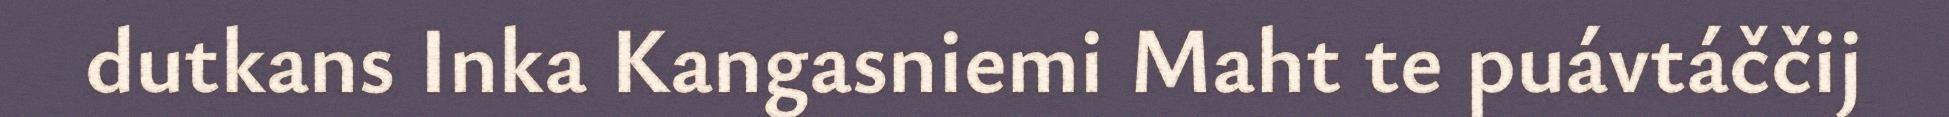
dutkans Inka Kangasniemi Maht te puávtáččij